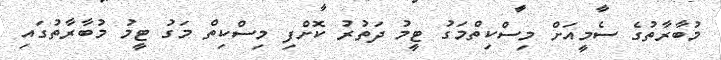
މުބާރާތުގެ ސެމީއަށް މިސްކިތްމަގު ޓީމު ދަތުރު ކޮށްފި މިސްކިތް މަގު ޓީމު މުބާރާތުގައި